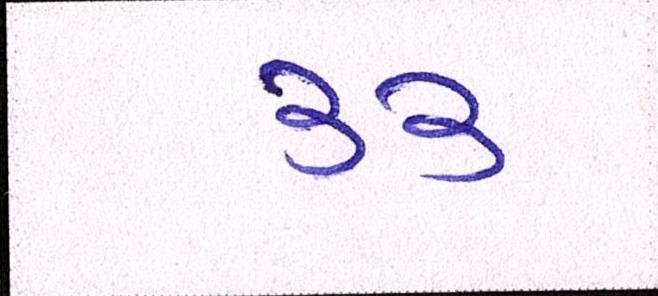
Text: ૩૩